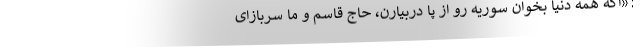
:«اگه همه دنیا بخوان سوریه رو از پا دربیارن، حاج قاسم و ما سربازای